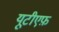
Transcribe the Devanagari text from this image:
यूटीएफ़